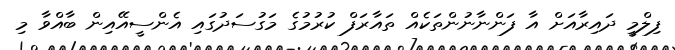
ފިލްމީ ދައިރާއަށް އާ ފަންނާނުންތަކެއް ތައާރަފް ކުރުމުގެ މަގުސަދުގައި އެންސީއޭއިން ބާއްވާ މި